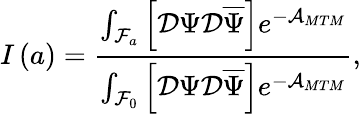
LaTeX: I\left(a\right)=\frac{\int_{{\cal F}_{a}}\left[{\cal D}\Psi{\cal D}\overline{{{\Psi}}}\right]e^{-{\cal A}_{MTM}}}{\int_{{\cal F}_{0}}\left[{\cal D}\Psi{\cal D}\overline{{{\Psi}}}\right]e^{-{\cal A}_{MTM}}},